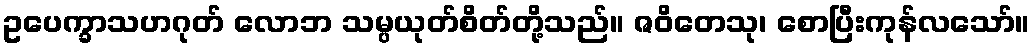
ဥပေက္ခာသဟဂုတ် လောဘ သမ္ပယုတ်စိတ်တို့သည်။ ဇဝိတေသု၊ စောပြီးကုန်လသော်။